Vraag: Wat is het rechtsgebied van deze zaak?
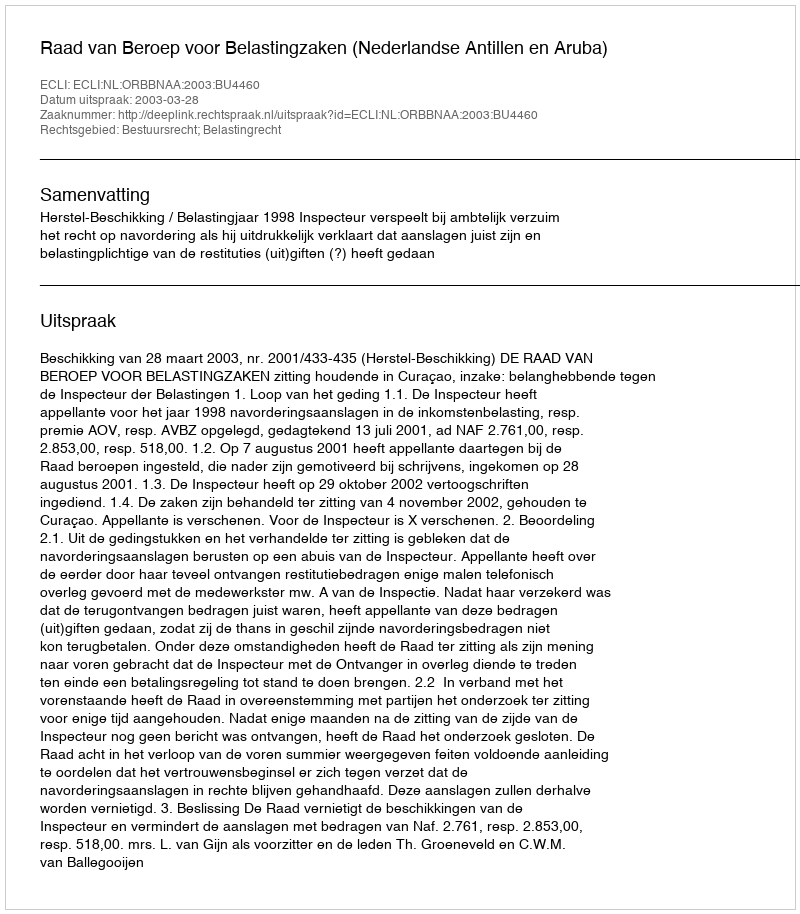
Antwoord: Bestuursrecht; Belastingrecht